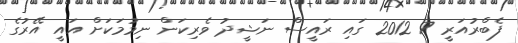
ފެބްރުއަރީ 7 2012 ގައި ރައީސް ނަޝީދު ވެރިކަން ނިމުމަކަށް އައީ އޭރުގެ